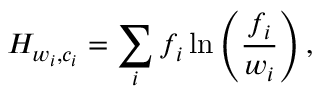
H _ { w _ { i } , c _ { i } } = \sum _ { i } f _ { i } \ln \left( \frac { f _ { i } } { w _ { i } } \right) ,